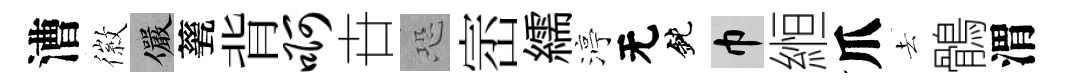
漕徽儼甆背啊卋恐崈繻渟无鈍巾縆爪去鶻渭